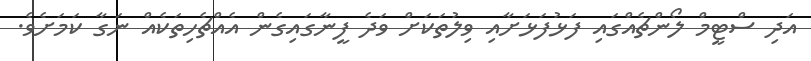
އަދި ސްޓީމް ލޯންޗެއްގައި ފަޅުފަޅަށާއި ވިލުތަކަށް ވަދެ ފީނާގައިގެން އެއްޗެހިތަކެއް ނަގާ ކަމަށެވެ.